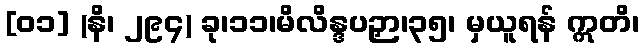
[၀၁] (နိ၊ ၂၉၄) ခု၊၁၁၊မိလိန္ဒပဉှာ၊၃၅၊ မှယူရန် ဣတိ၊